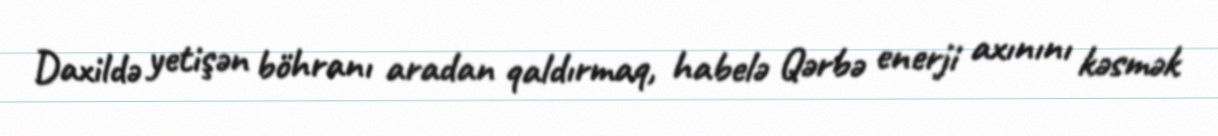
Daxildə yetişən böhranı aradan qaldırmaq, habelə Qərbə enerji axınını kəsmək